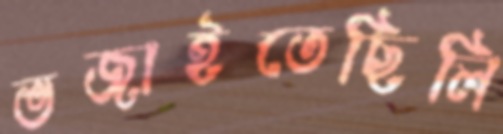
ভজাইতেছিলি